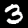
Label: 3